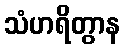
သံဟရိတွာန